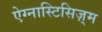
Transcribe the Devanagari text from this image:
ऐग्नास्टिसिज़्म